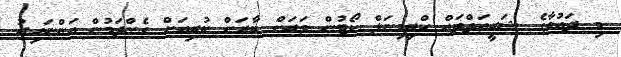
މި ދައުވާގެ ޝަރީއަތްތައް ކްރިމިނަލް ކޯޓުން ވަރަށް ބާރަށް ކުރިއަށް ގެންދަމުން އަންނައިރު